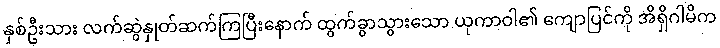
နှစ်ဦးသား လက်ဆွဲနှုတ်ဆက်ကြပြီးနောက် ထွက်ခွာသွားသော ယုကာဝါ၏ ကျောပြင်ကို အိရှိဂါမိက